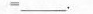
=___.